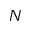
N